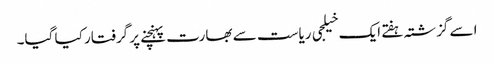
اسے گزشتہ ہفتے ایک خیلجی ریاست سے بھارت پہنچنے پر گرفتار کیا گیا۔